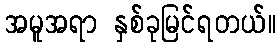
အမူအရာ နှစ်ခုမြင်ရတယ်။